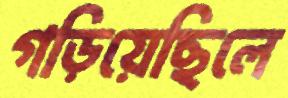
গড়িয়েছিলে